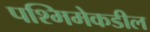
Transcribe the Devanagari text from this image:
पश्मिमेकडील